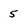
Character: 5